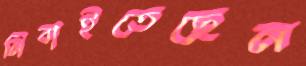
নিবাইতেছেন